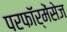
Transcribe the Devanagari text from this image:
परफॉर्मेंसेज